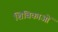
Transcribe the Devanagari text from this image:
शिबिकाओं